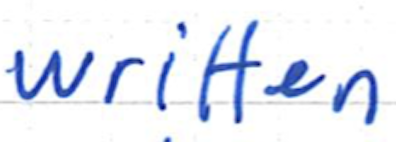
Text: written
Cross-out: clean
Writing tool: ballpoint